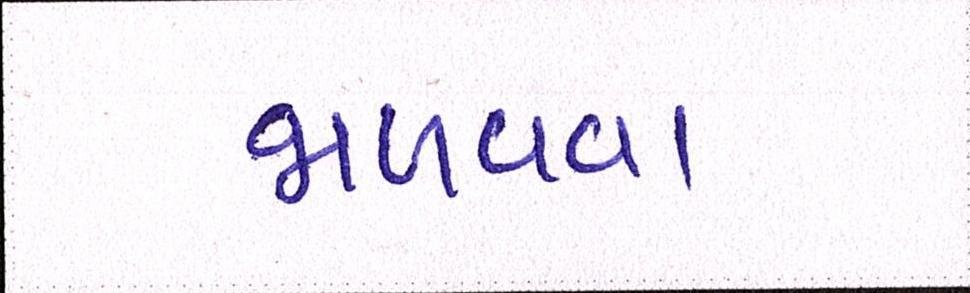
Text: જાળવવા